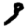
Digit: 3